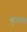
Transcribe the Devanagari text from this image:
शुत्रपात